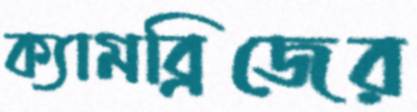
ক্যামব্রিজের